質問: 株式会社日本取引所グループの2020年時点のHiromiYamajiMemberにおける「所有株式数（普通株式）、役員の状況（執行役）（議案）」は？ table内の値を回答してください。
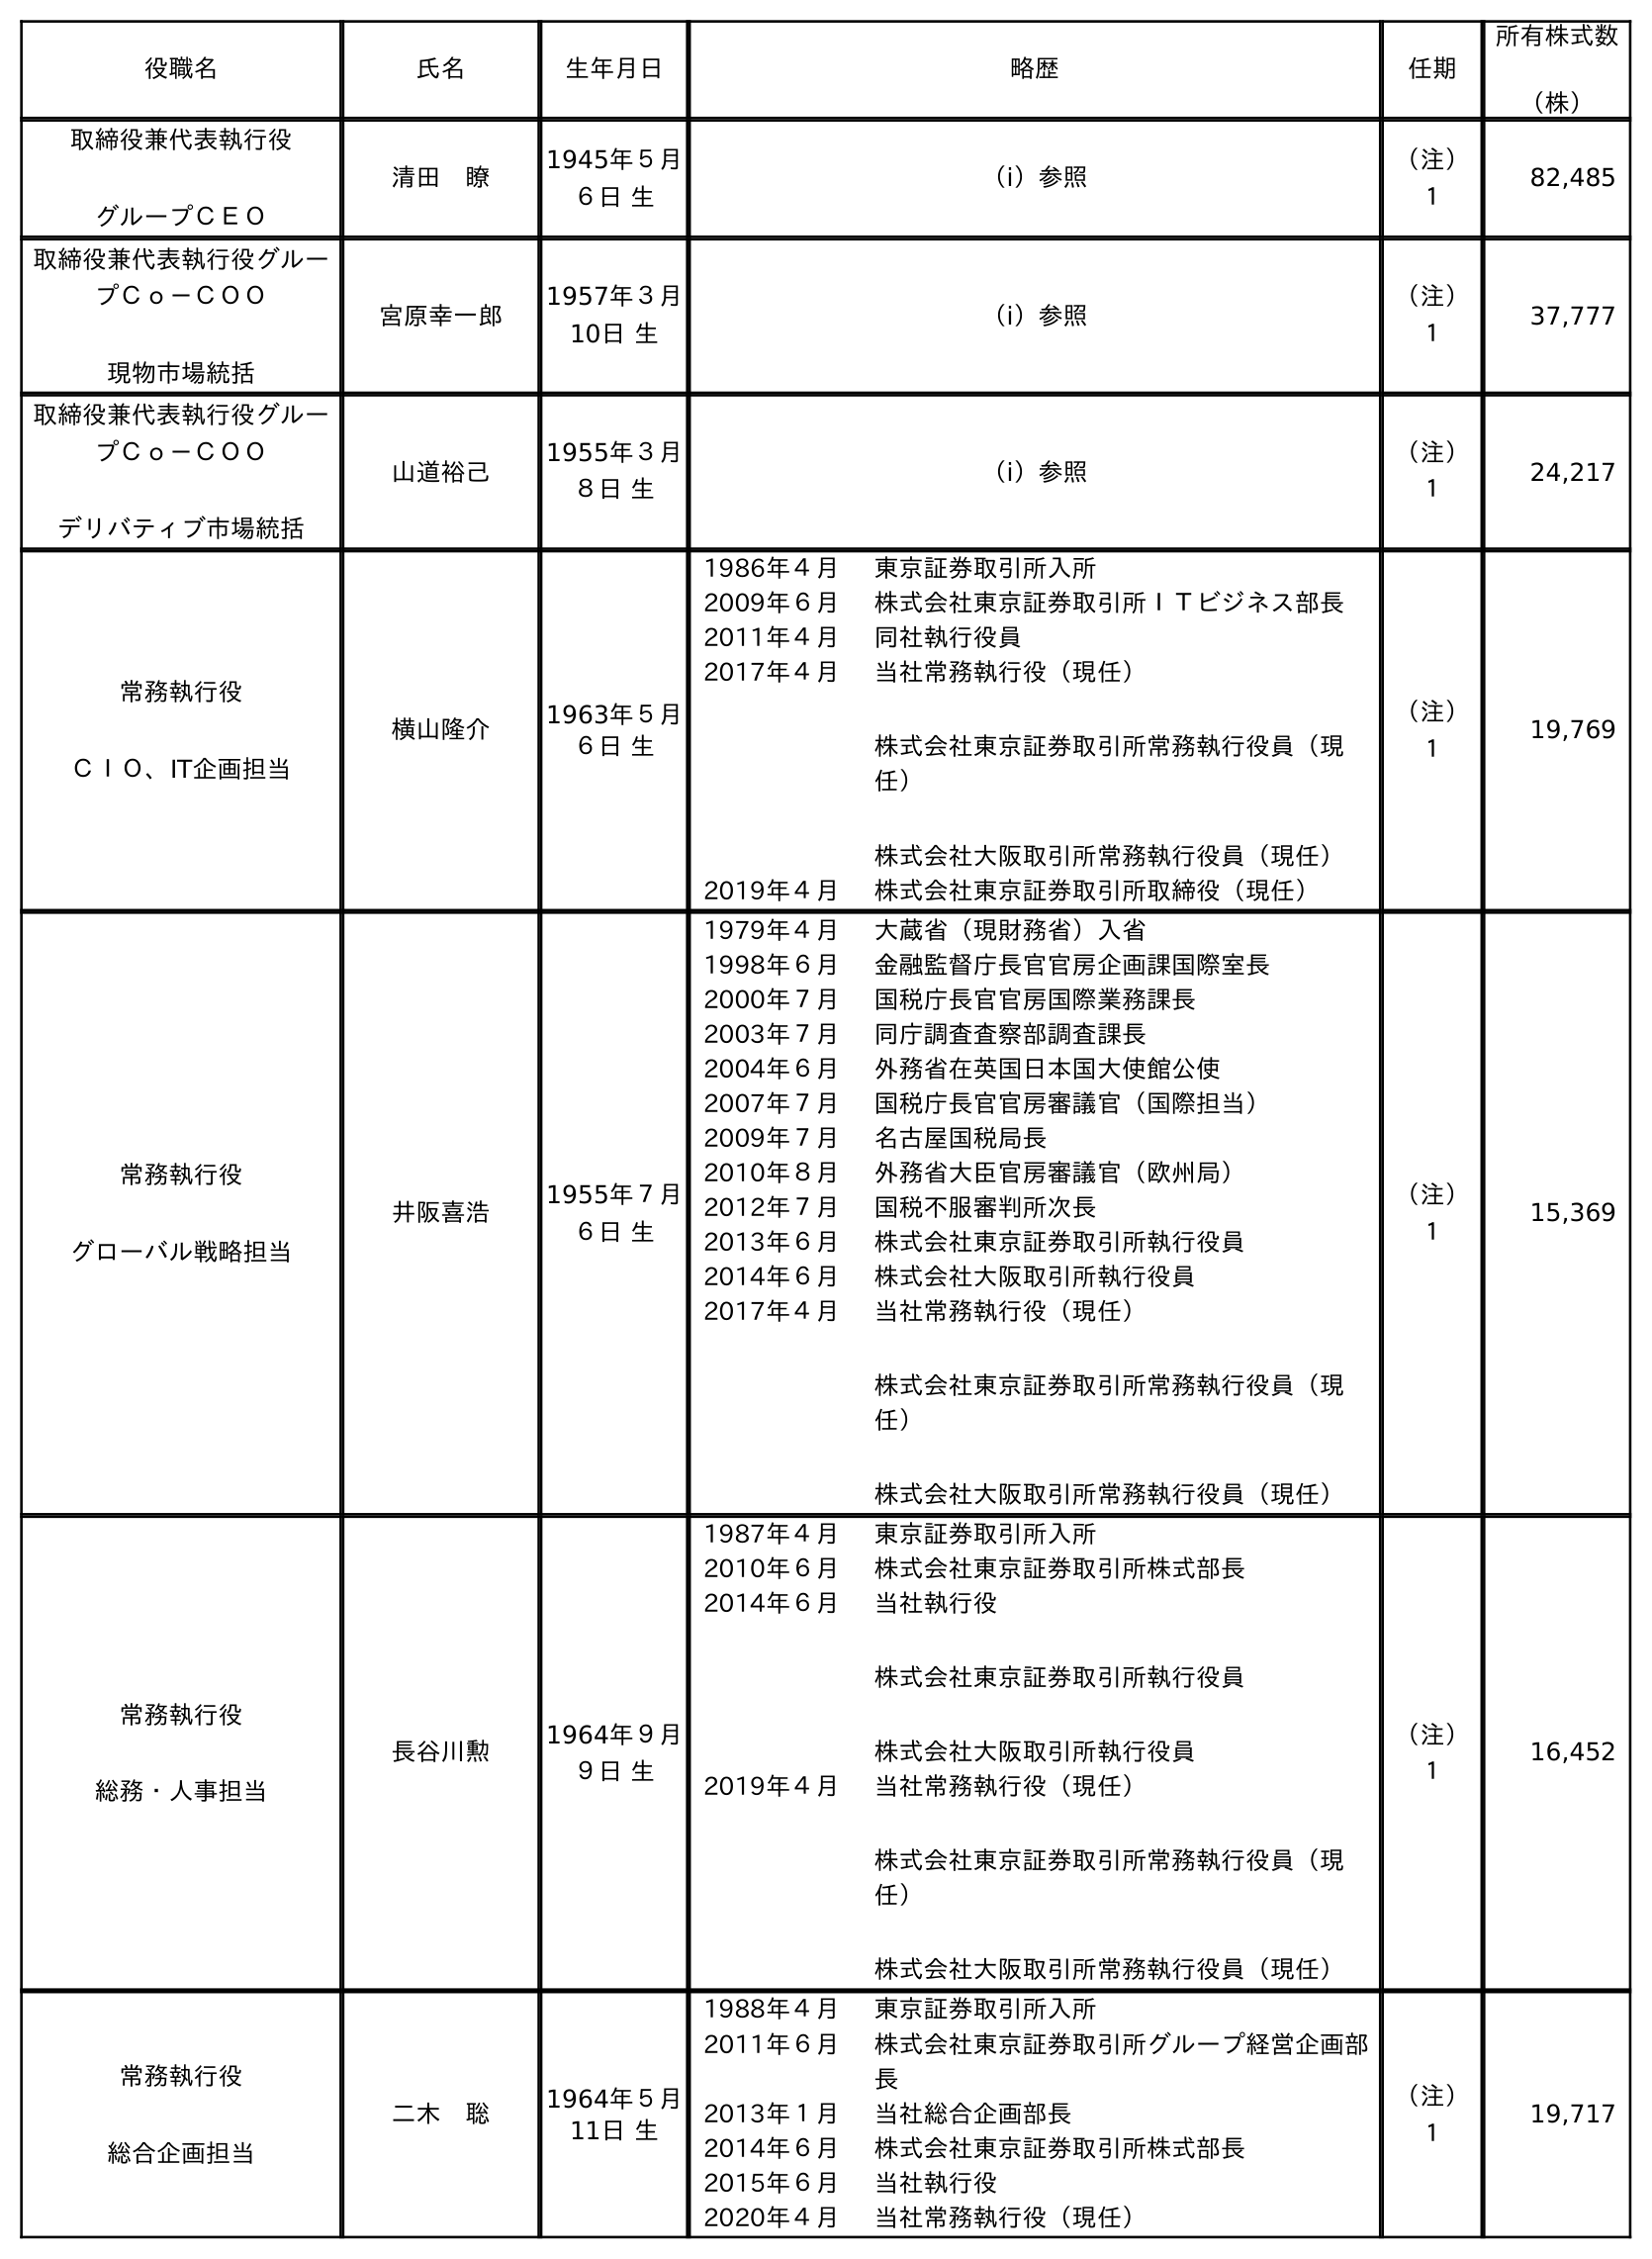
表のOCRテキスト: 役職名 氏名 生年月日 略歴 任期 所有株式数 （株） 取締役兼代表執行役 グループＣＥＯ 清田 瞭 1945年５月 ６日 生 （ⅰ）参照 （注） １ 82,485 取締役兼代表執行役グルー プＣｏ－ＣＯＯ 現物市場統括 宮原幸一郎 1957年３月 10日 生 （ⅰ）参照 （注） １ 37,777 取締役兼代表執行役グルー プＣｏ－ＣＯＯ デリバティブ市場統括 山道裕己 1955年３月 ８日 生 （ⅰ）参照 （注） １ 24,217 常務執行役 ＣＩＯ、IT企画担当 横山隆介 1963年５月 ６日 生 1986年４月 東京証券取引所入所 2009年６月 株式会社東京証券取引所ＩＴビジネス部長 2011年４月 同社執行役員 2017年４月 当社常務執行役（現任） 株式会社東京証券取引所常務執行役員（現 任） 株式会社大阪取引所常務執行役員（現任） 2019年４月 株式会社東京証券取引所取締役（現任） （注） １ 19,769 常務執行役 グローバル戦略担当 井阪喜浩 1955年７月 ６日 生 1979年４月 大蔵省（現財務省）入省 1998年６月 金融監督庁長官官房企画課国際室長 2000年７月 国税庁長官官房国際業務課長 2003年７月 同庁調査査察部調査課長 2004年６月 外務省在英国日本国大使館公使 2007年７月 国税庁長官官房審議官（国際担当） 2009年７月 名古屋国税局長 2010年８月 外務省大臣官房審議官（欧州局） 2012年７月 国税不服審判所次長 2013年６月 株式会社東京証券取引所執行役員 2014年６月 株式会社大阪取引所執行役員 2017年４月 当社常務執行役（現任） 株式会社東京証券取引所常務執行役員（現 任） 株式会社大阪取引所常務執行役員（現任） （注） １ 15,369 常務執行役 総務・人事担当 長谷川勲 1964年９月 ９日 生 1987年４月 東京証券取引所入所 2010年６月 株式会社東京証券取引所株式部長 2014年６月 当社執行役 株式会社東京証券取引所執行役員 株式会社大阪取引所執行役員 2019年４月 当社常務執行役（現任） 株式会社東京証券取引所常務執行役員（現 任） 株式会社大阪取引所常務執行役員（現任） （注） １ 16,452 常務執行役 総合企画担当 二木 聡 1964年５月 11日 生 1988年４月 東京証券取引所入所 2011年６月 株式会社東京証券取引所グループ経営企画部 長 2013年１月 当社総合企画部長 2014年６月 株式会社東京証券取引所株式部長 2015年６月 当社執行役 2020年４月 当社常務執行役（現任） （注） １ 19,717
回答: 24,217